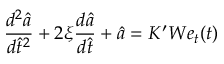
\frac { d ^ { 2 } \hat { a } } { d \hat { t } ^ { 2 } } + 2 \xi \frac { d \hat { a } } { d \hat { t } } + \hat { a } = K ^ { \prime } W e _ { t } ( t )